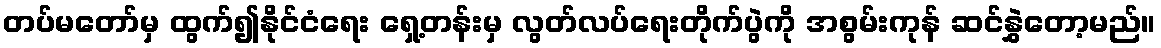
တပ်မတော်မှ ထွက်၍နိုင်ငံရေး ရှေ့တန်းမှ လွတ်လပ်ရေးတိုက်ပွဲကို အစွမ်းကုန် ဆင်နွှဲတော့မည်။